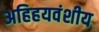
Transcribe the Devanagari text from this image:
अहिहयवंशीय